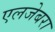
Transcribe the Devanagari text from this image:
एलजेबरा